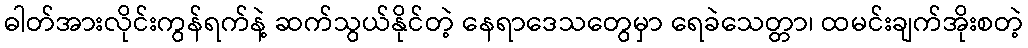
ဓါတ်အားလိုင်းကွန်ရက်နဲ့ ဆက်သွယ်နိုင်တဲ့ နေရာဒေသတွေမှာ ရေခဲသေတ္တာ၊ ထမင်းချက်အိုးစတဲ့